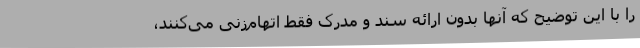
را با این توضیح که آنها بدون ارائه سند و مدرک فقط اتهام‌زنی می‌کنند،